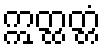
ဣတ္ထတ္တံ